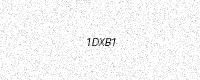
Text: 1DXB1